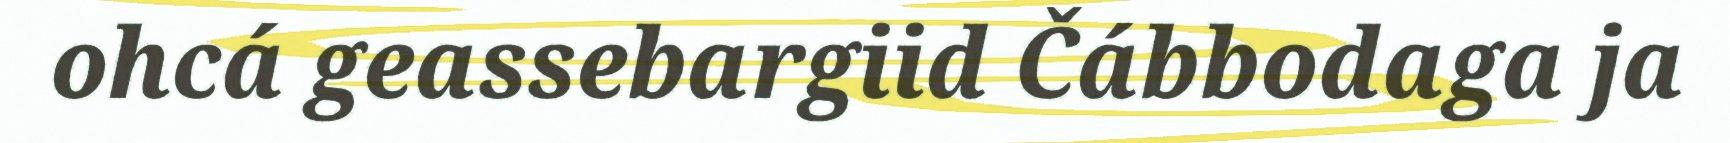
ohcá geassebargiid Čábbodaga ja